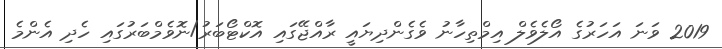
2019 ވަނަ އަހަރުގެ އޯލެވެލް އިމްތިހާނު ވެގެންދިޔައީ ރާއްޖޭގައި އޮކްޓޯބަރު/ނޮވެމްބަރުގައި ހެދި އެންމެ